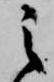
之